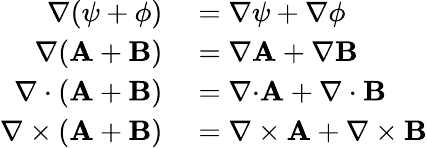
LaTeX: \begin{array}{rl}{\nabla(\psi+\phi)}&{{}=\nabla\psi+\nabla\phi}\\ {\nabla(\mathbf{A}+\mathbf{B})}&{{}=\nabla\mathbf{A}+\nabla\mathbf{B}}\\ {\nabla\cdot(\mathbf{A}+\mathbf{B})}&{{}=\nabla{\cdot}\mathbf{A}+\nabla\cdot\mathbf{B}}\\ {\nabla\times(\mathbf{A}+\mathbf{B})}&{{}=\nabla\times\mathbf{A}+\nabla\times\mathbf{B}}\end{array}